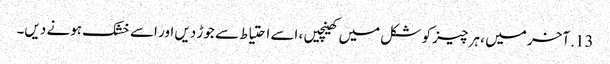
13. آخر میں ، ہر چیز کو شکل میں کھینچیں ، اسے احتیاط سے جوڑ دیں اور اسے خشک ہونے دیں۔